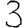
Digit: 3